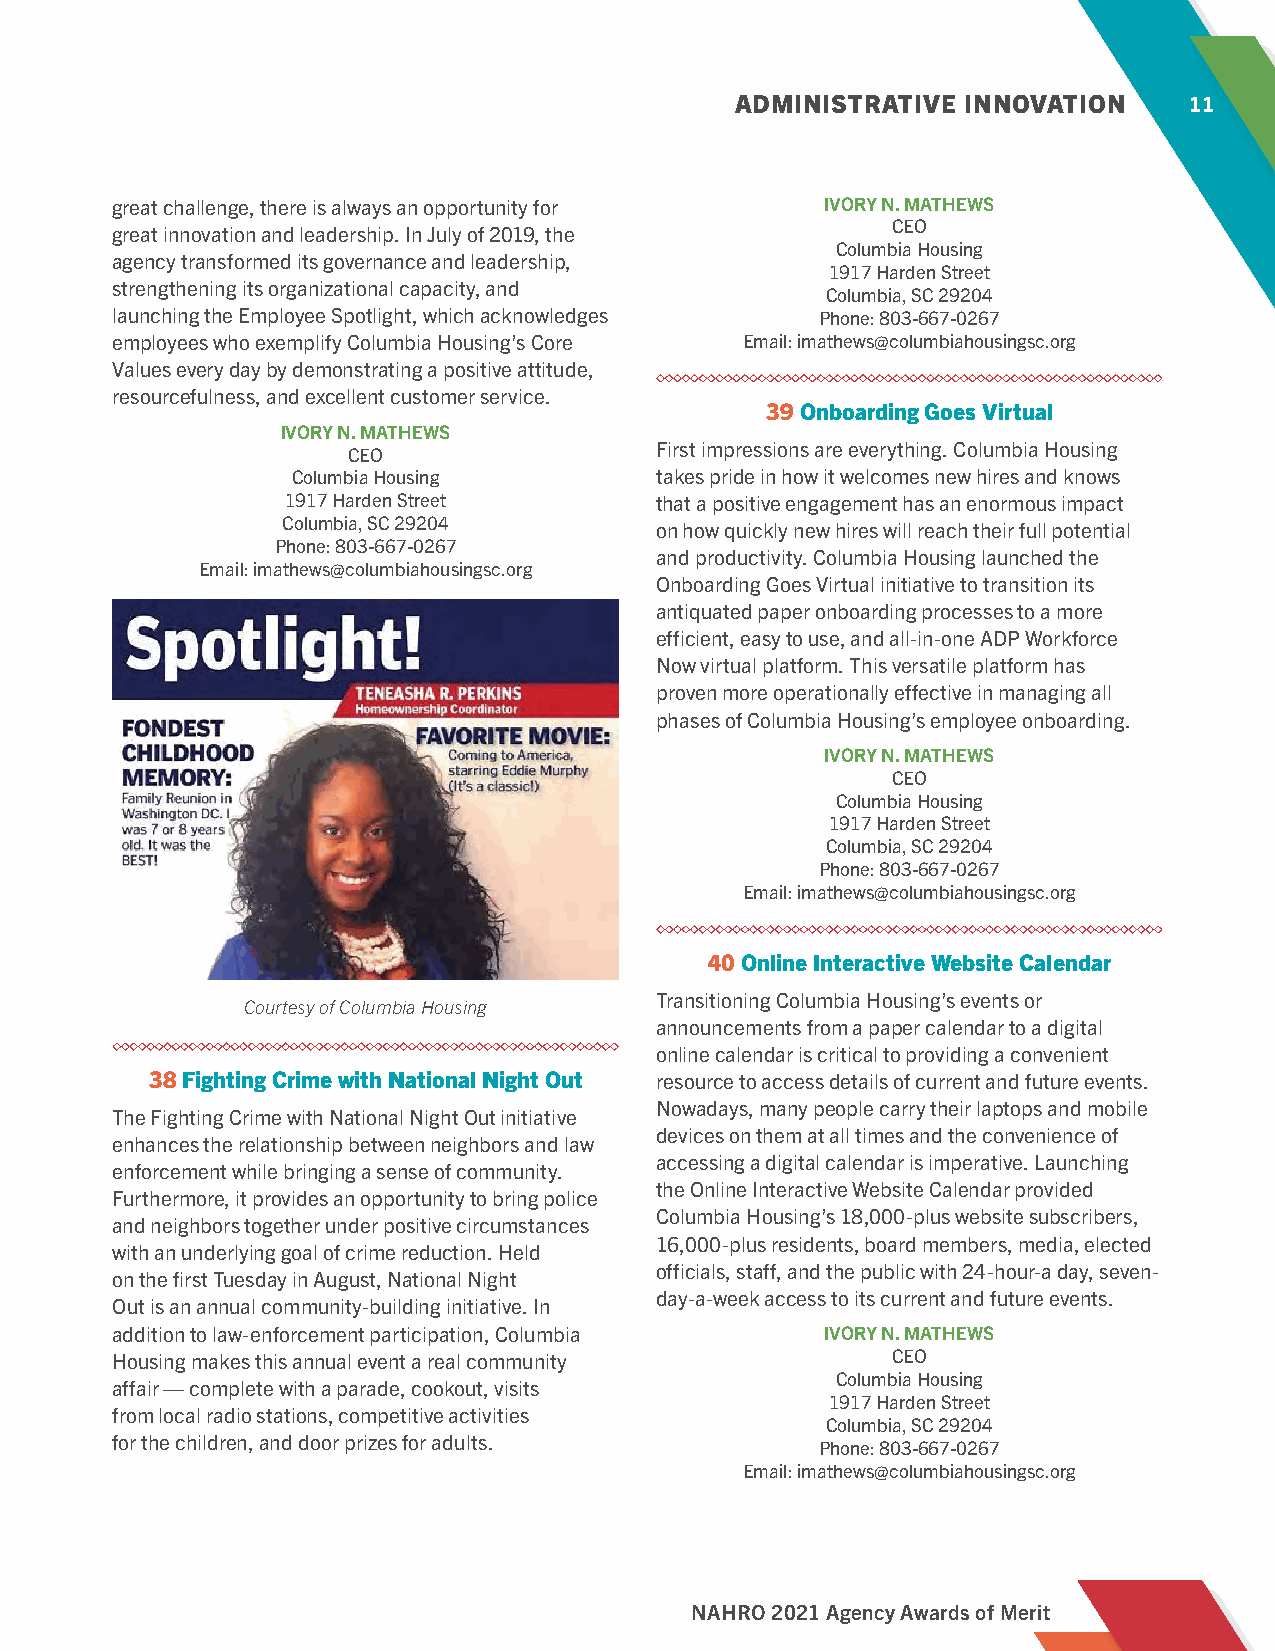
ADMINISTRATIVE INNOVATION     11
 great challenge, there is always an opportunity for IVORY N. MATHEWS
 CEO
 great innovation and leadership. In July of 2019, the
 Columbia Housing
 agency transformed its governance and leadership,
 1917 Harden Street
 strengthening its organizational capacity, and
 Columbia, SC 29204
 launching the Employee Spotlight, which acknowledges Phone: 803-667-0267
 employees who exemplify Columbia Housing’s Core Email: imathews@columbiahousingsc.org
 Values every day by demonstrating a positive attitude,
 resourcefulness, and excellent customer service.
 39 Onboarding Goes Virtual
 IVORY N. MATHEWS
 First impressions are everything. Columbia Housing
 CEO
 Columbia Housing        takes pride in how it welcomes new hires and knows
 1917 Harden Street      that a positive engagement has an enormous impact
 Columbia, SC 29204      on how quickly new hires will reach their full potential
 Phone: 803-667-0267
 and productivity. Columbia Housing launched the
 Email: imathews@columbiahousingsc.org
 Onboarding Goes Virtual initiative to transition its
 antiquated paper onboarding processes to a more
 efficient, easy to use, and all-in-one ADP Workforce
 Now virtual platform. This versatile platform has
 proven more operationally effective in managing all
 phases of Columbia Housing’s employee onboarding.
 IVORY N. MATHEWS
 CEO
 Columbia Housing
 1917 Harden Street
 Columbia, SC 29204
 Phone: 803-667-0267
 Email: imathews@columbiahousingsc.org
 40 Online Interactive Website Calendar
 Transitioning Columbia Housing’s events or
 Courtesy of Columbia Housing
 announcements from a paper calendar to a digital
 online calendar is critical to providing a convenient
 38 Fighting Crime with National Night Out resource to access details of current and future events.
 Nowadays, many people carry their laptops and mobile
 The Fighting Crime with National Night Out initiative
 devices on them at all times and the convenience of
 enhances the relationship between neighbors and law
 accessing a digital calendar is imperative. Launching
 enforcement while bringing a sense of community.
 the Online Interactive Website Calendar provided
 Furthermore, it provides an opportunity to bring police
 Columbia Housing’s 18,000-plus website subscribers,
 and neighbors together under positive circumstances
 16,000-plus residents, board members, media, elected
 with an underlying goal of crime reduction. Held
 officials, staff, and the public with 24-hour-a day, seven-
 on the first Tuesday in August, National Night
 day-a-week access to its current and future events.
 Out is an annual community-building initiative. In
 addition to law-enforcement participation, Columbia IVORY N. MATHEWS
 Housing makes this annual event a real community    CEO
 Columbia Housing
 affair — complete with a parade, cookout, visits
 1917 Harden Street
 from local radio stations, competitive activities
 Columbia, SC 29204
 for the children, and door prizes for adults.
 Phone: 803-667-0267
 Email: imathews@columbiahousingsc.org
 NAHRO 2021 Agency Awards of Merit